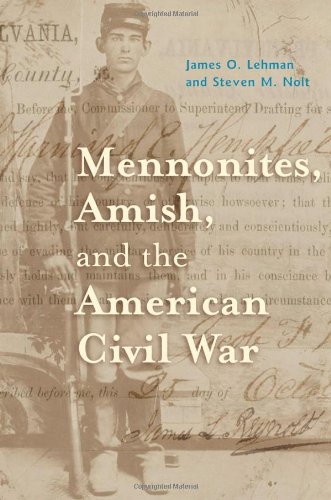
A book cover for Mennonites, Amish, and the American Civil War (Young Center Books in Anabaptist and Pietist Studies); James O. Lehman; Christian Books & Bibles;